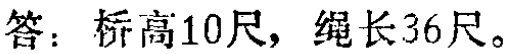
答：桥高10尺，绳长36尺。